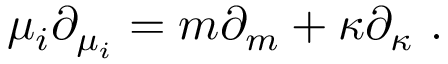
\mu _ { i } \partial _ { \mu _ { i } } = m \partial _ { m } + \kappa \partial _ { \kappa } \ .